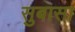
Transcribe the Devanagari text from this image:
सुबासा